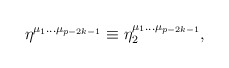
\begin{align*}\eta ^{\mu _1\ldots \mu _{p-2k-1}}\equiv \eta _2^{\mu _1\ldots\mu _{p-2k-1}},\end{align*}